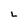
Character: L